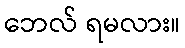
ဘေလ် ရမလား။